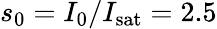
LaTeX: s_{0}=I_{0}/I_{\mathrm{sat}}=2.5